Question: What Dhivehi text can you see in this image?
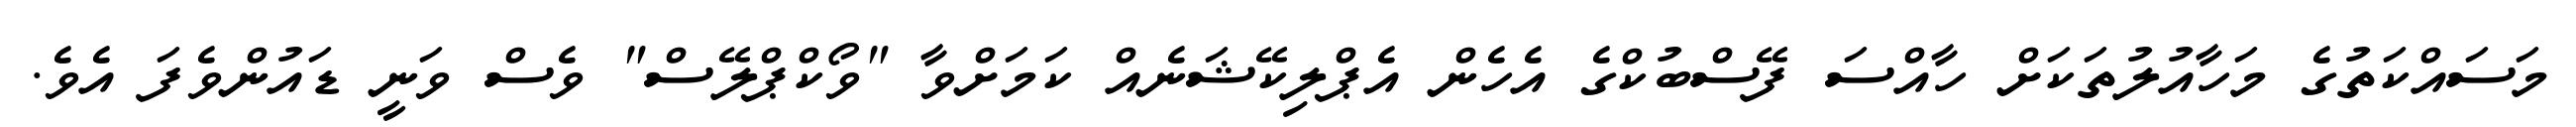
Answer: މަސައްކަތުގެ މަހާއުލުތަކަށް ހާއްސަ ފޭސްބުކްގެ އެހެން އެޕްލިކޭޝަނެއް ކަމަށްވާ "ވޯކްޕްލޭސް" ވެސް ވަނީ ޑައުންވެފަ އެވެ.